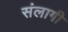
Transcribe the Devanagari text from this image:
संलागी